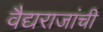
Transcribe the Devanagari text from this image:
वैद्यराजांची